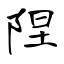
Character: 陧